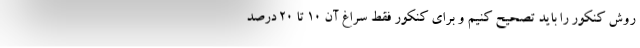
روش کنکور را باید تصحیح کنیم و برای کنکور فقط سراغ آن ۱۰ تا ۲۰ درصد